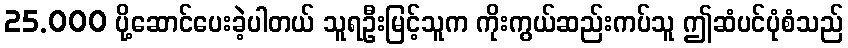
25.000 ပို့ဆောင်ပေးခဲ့ပါတယ် သူရဦးမြင့်သူက ကိုးကွယ်ဆည်းကပ်သူ ဤဆံပင်ပုံစံသည်